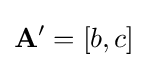
\mathbf {A'} =[b,c]